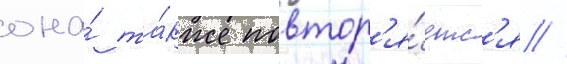
она́ та́кже повтор'я́етс'я //